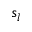
s _ { l }